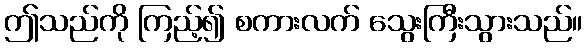
ဤသည်ကို ကြည့်၍ စကားလက် သွေးကြီးသွားသည်။